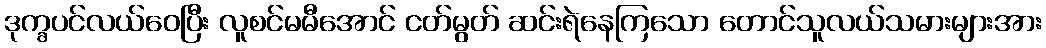
ဒုက္ခပင်လယ်ဝေပြီး လူစင်မမီအောင် ငတ်မွတ် ဆင်းရဲနေကြသော တောင်သူလယ်သမားများအား